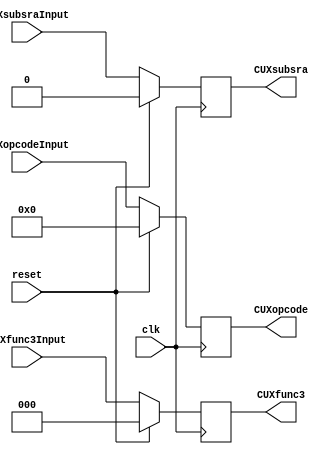
module cuX (
    input wire clk,           // Seal de reloj
    input wire reset,         // Seal de reinicio
    input wire [6:0] CUXopcodeInput, // Entrada de opcode
    input wire [2:0] CUXfunc3Input,  // Entrada de func3
    input wire CUXsubsraInput,  // Entrada de subsra
    output reg [6:0] CUXopcode, // Salida de opcode
    output reg [2:0] CUXfunc3,   // Salida de func3
    output reg CUXsubsra  // Salida de subsra
);

always @(negedge clk) begin
    if (reset == 1) begin
        CUXopcode <= 7'b0000000;
        CUXfunc3 <= 3'b000;
        CUXsubsra <= 1'b0;
    end
    else begin
        CUXopcode <= CUXopcodeInput;
        CUXfunc3 <= CUXfunc3Input;
        CUXsubsra <= CUXsubsraInput;
    end
end

endmodule